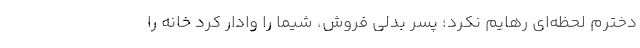
دخترم لحظه‌ای رهایم نکرد؛ پسر بدلی فروش، شیما را وادار کرد خانه را